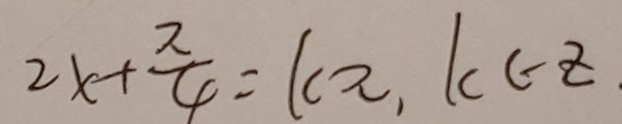
2 x + \frac { \pi } { 4 } = k \pi , k \in z _ { \cdot }